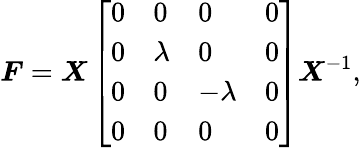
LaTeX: \boldsymbol{F}=\boldsymbol{X}\left[\begin{array}{llll}{0}&{0}&{0}&{0}\\ {0}&{\lambda}&{0}&{0}\\ {0}&{0}&{-\lambda}&{0}\\ {0}&{0}&{0}&{0}\end{array}\right]\boldsymbol{X}^{-1},